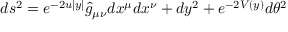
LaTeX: d s ^ { 2 } = e ^ { - 2 u | y | } \hat { g } _ { \mu \nu } d x ^ { \mu } d x ^ { \nu } + d y ^ { 2 } + e ^ { - 2 V ( y ) } d \theta ^ { 2 }